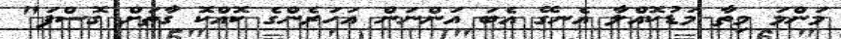
މަންމަ މިތާ މަޑުކޮއްލާ އެނގޭ އެބަ އަންނަން އަހަރެންގެ ކޮއްކޮ ގާތަށް ގޮސްފަ"